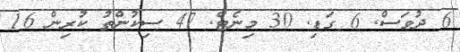
6 ދުވަސް